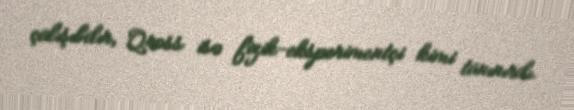
çalışıbdır, Qross isə fizik-eksperimentçi kimi tanınırdı.